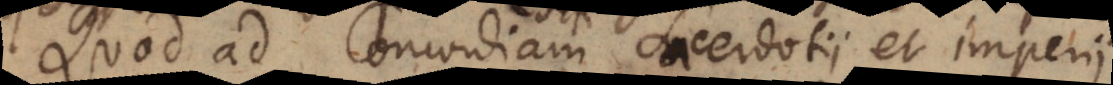
Quod ad Concordiam Sacerdotii et imperii